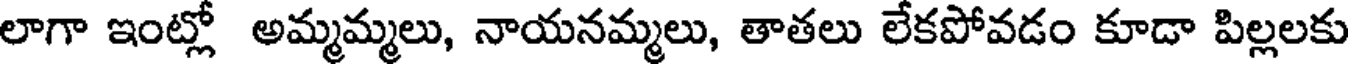
లాగా ఇంట్లో అమ్మమ్మలు, నాయనమ్మలు, తాతలు లేకపోవడం కూడా పిల్లలకు